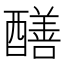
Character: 𨣁